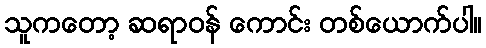
သူကတော့ ဆရာဝန် ကောင်း တစ်ယောက်ပါ။